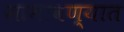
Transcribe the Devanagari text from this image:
सामावण्यात